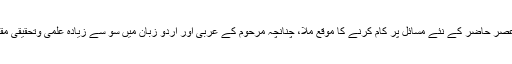
ندوۃ العلماء لکھنؤ میں مجلس تحقیقات شرعیہ میں اہم ذمہ داری نبھانے کی وجہ سے عصر حاضر کے نئے مسائل پر کام کرنے کا موقع ملا، چنانچہ مرحوم کے عربی اور اردو زبان میں سو سے زیادہ علمی وتحقیقی مقالے اور مضامین مختلف کانفرنسوں میں پڑھے گئے اور متعدد رسائل میں شائع ہوئے۔